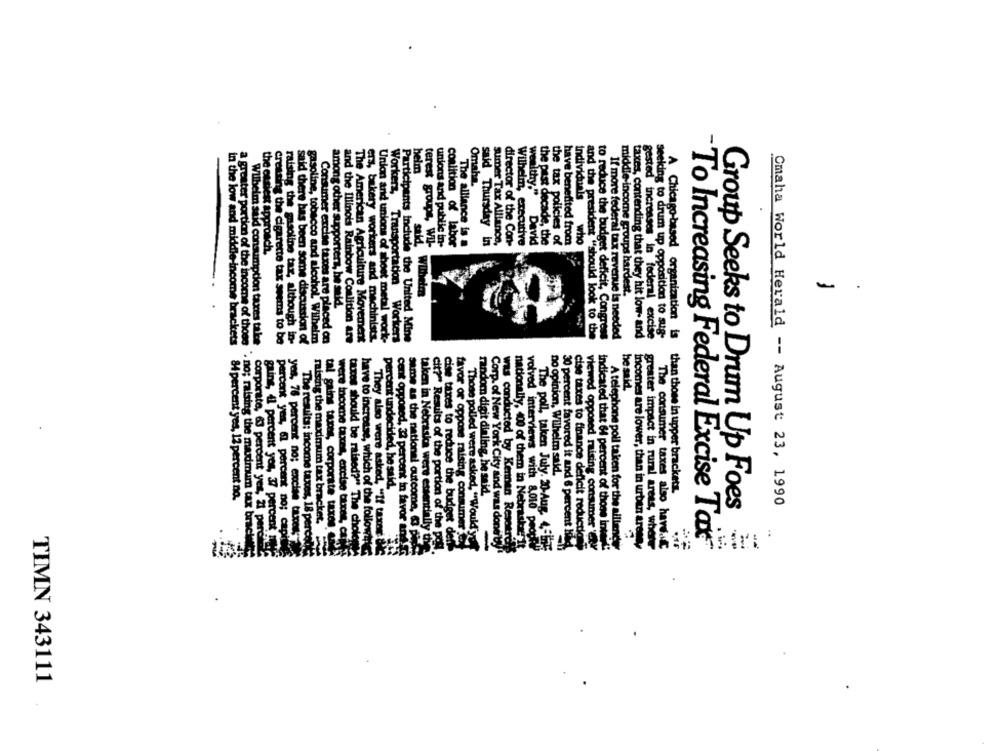
helm
Omaha.
wealthy."
Individuals
Sumer Tax Alliance,
Wilhelm, executive
the past decade, the
the tax policies of
have benefited from
who
terest groups, Wil-
unions and public in-
coalition of labor
The alliance is a
said Thursday In
director of the Con-
David
easiest approach.
..
said, Wilhelmn
middle-income groups hardest.
among other supporters, he said.
, bakery workers and machinist
Consumer excise taxes are placed on
and the Illinois Rainbow Coalition are
and the president "should look to the
to reduce the budget deficit, Congress
oderal tax revenue is needed
taxes, contending that they hit low- and
gested increases in federal excise
seeking to drum up opposition to sus-
in the low and middle-income brackets
a greater portion of the income of those
with sid consumption taxes talce
creating the cigarette tax seems to be
raising the gasoline tax, although in-
said there has been some discussion of
gasoline, tobacco and alcohol. Wilhelm
The American Agriculture Movement
Union and unions of sheet metal work-
kers, Transportation Workers
Participants include the United Mine
he said.
no opinion, Wilhelm said,
percent undecided, he said.
84 percent yes, 12 percent no.
random digit dialing, he said.
A Chicago-based organization is than those in upper brackets.
Omaha World Herald -- August 23, 1990
Group Seeks to Drum Up Foes
raising the maximum tax bracket.
corporate, 6 percent yes, 21 perc
They also were asked, "If taxar'
same as the national outcome, 63 p
30 percent favored it and 6 percent H
gains, 4 percent yos, 37 percent
percent yes, 6 percent no; capi
yes, 76 percent no; excise taccess
The results: income taxes, 18 perce
tal gains taxes, corporate taxes
were income taxes, excise taxes, car
have to increase, which of the followtr
cent opposed, 32 percent in favor and
taken in Nebraska were essentially thi
cit?" Results of the portion of the pol
cise taxes to reduce the budget def
favor of oppose raising consumer e
Those polled were asked, "Would y
nationally, 400 of them in Nebraska
volved interviews with 8,010 people
cise taxes to finance deficit reductie
indicated that 61 percent of those inte
A telephone poll taken for the aillende
`. no; raising the maximum tax bracket
taxes should be raised?" The choice
Corp. of New York City and was doneby
viewed opposed raising consumer Cyr
Incomes are lower, than in urban arene
greater impact in rural areas, where
"To Increasing Federal Excise Tax"
was conducted by Kennen Resetrens
The poll, taken July. 20-Aug. 4 ,= s
The consumer taxes also have.it
TIMN 343111